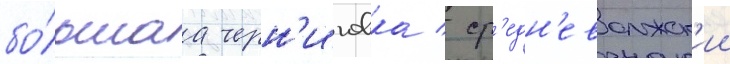
бо́льшаа черн'иговка / ср'едн'еволжск'ии